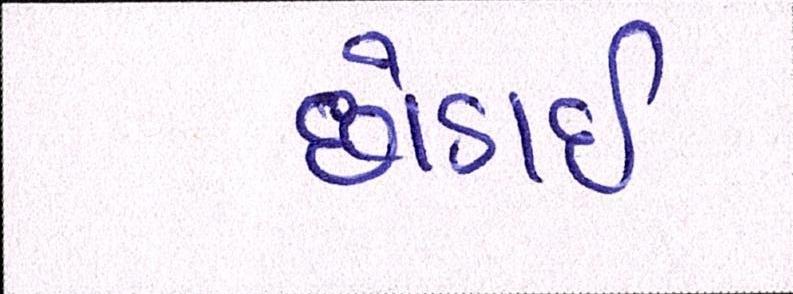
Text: છોડાઈ